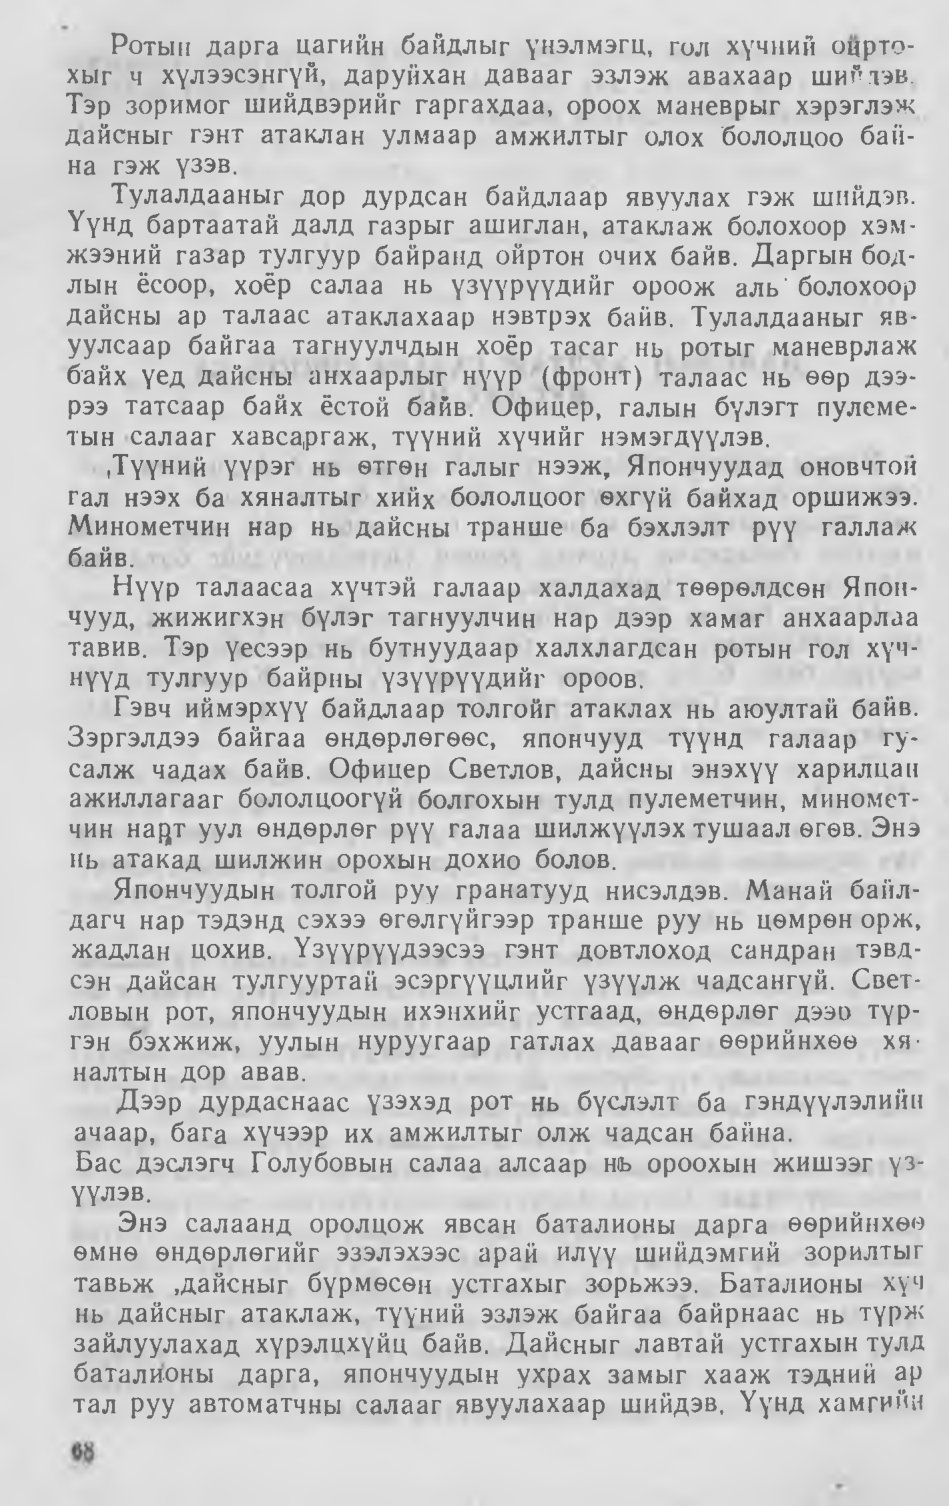
Language: mn